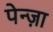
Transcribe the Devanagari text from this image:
पेन्ज़ा